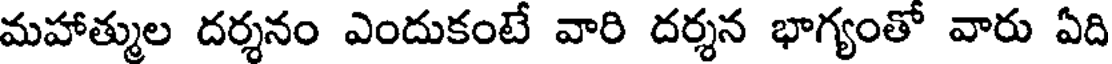
మహాత్ముల దర్శనం ఎందుకంటే వారి దర్శన భాగ్యంతో వారు ఏది